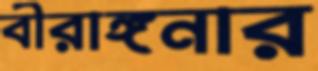
বীরাঙ্গনার